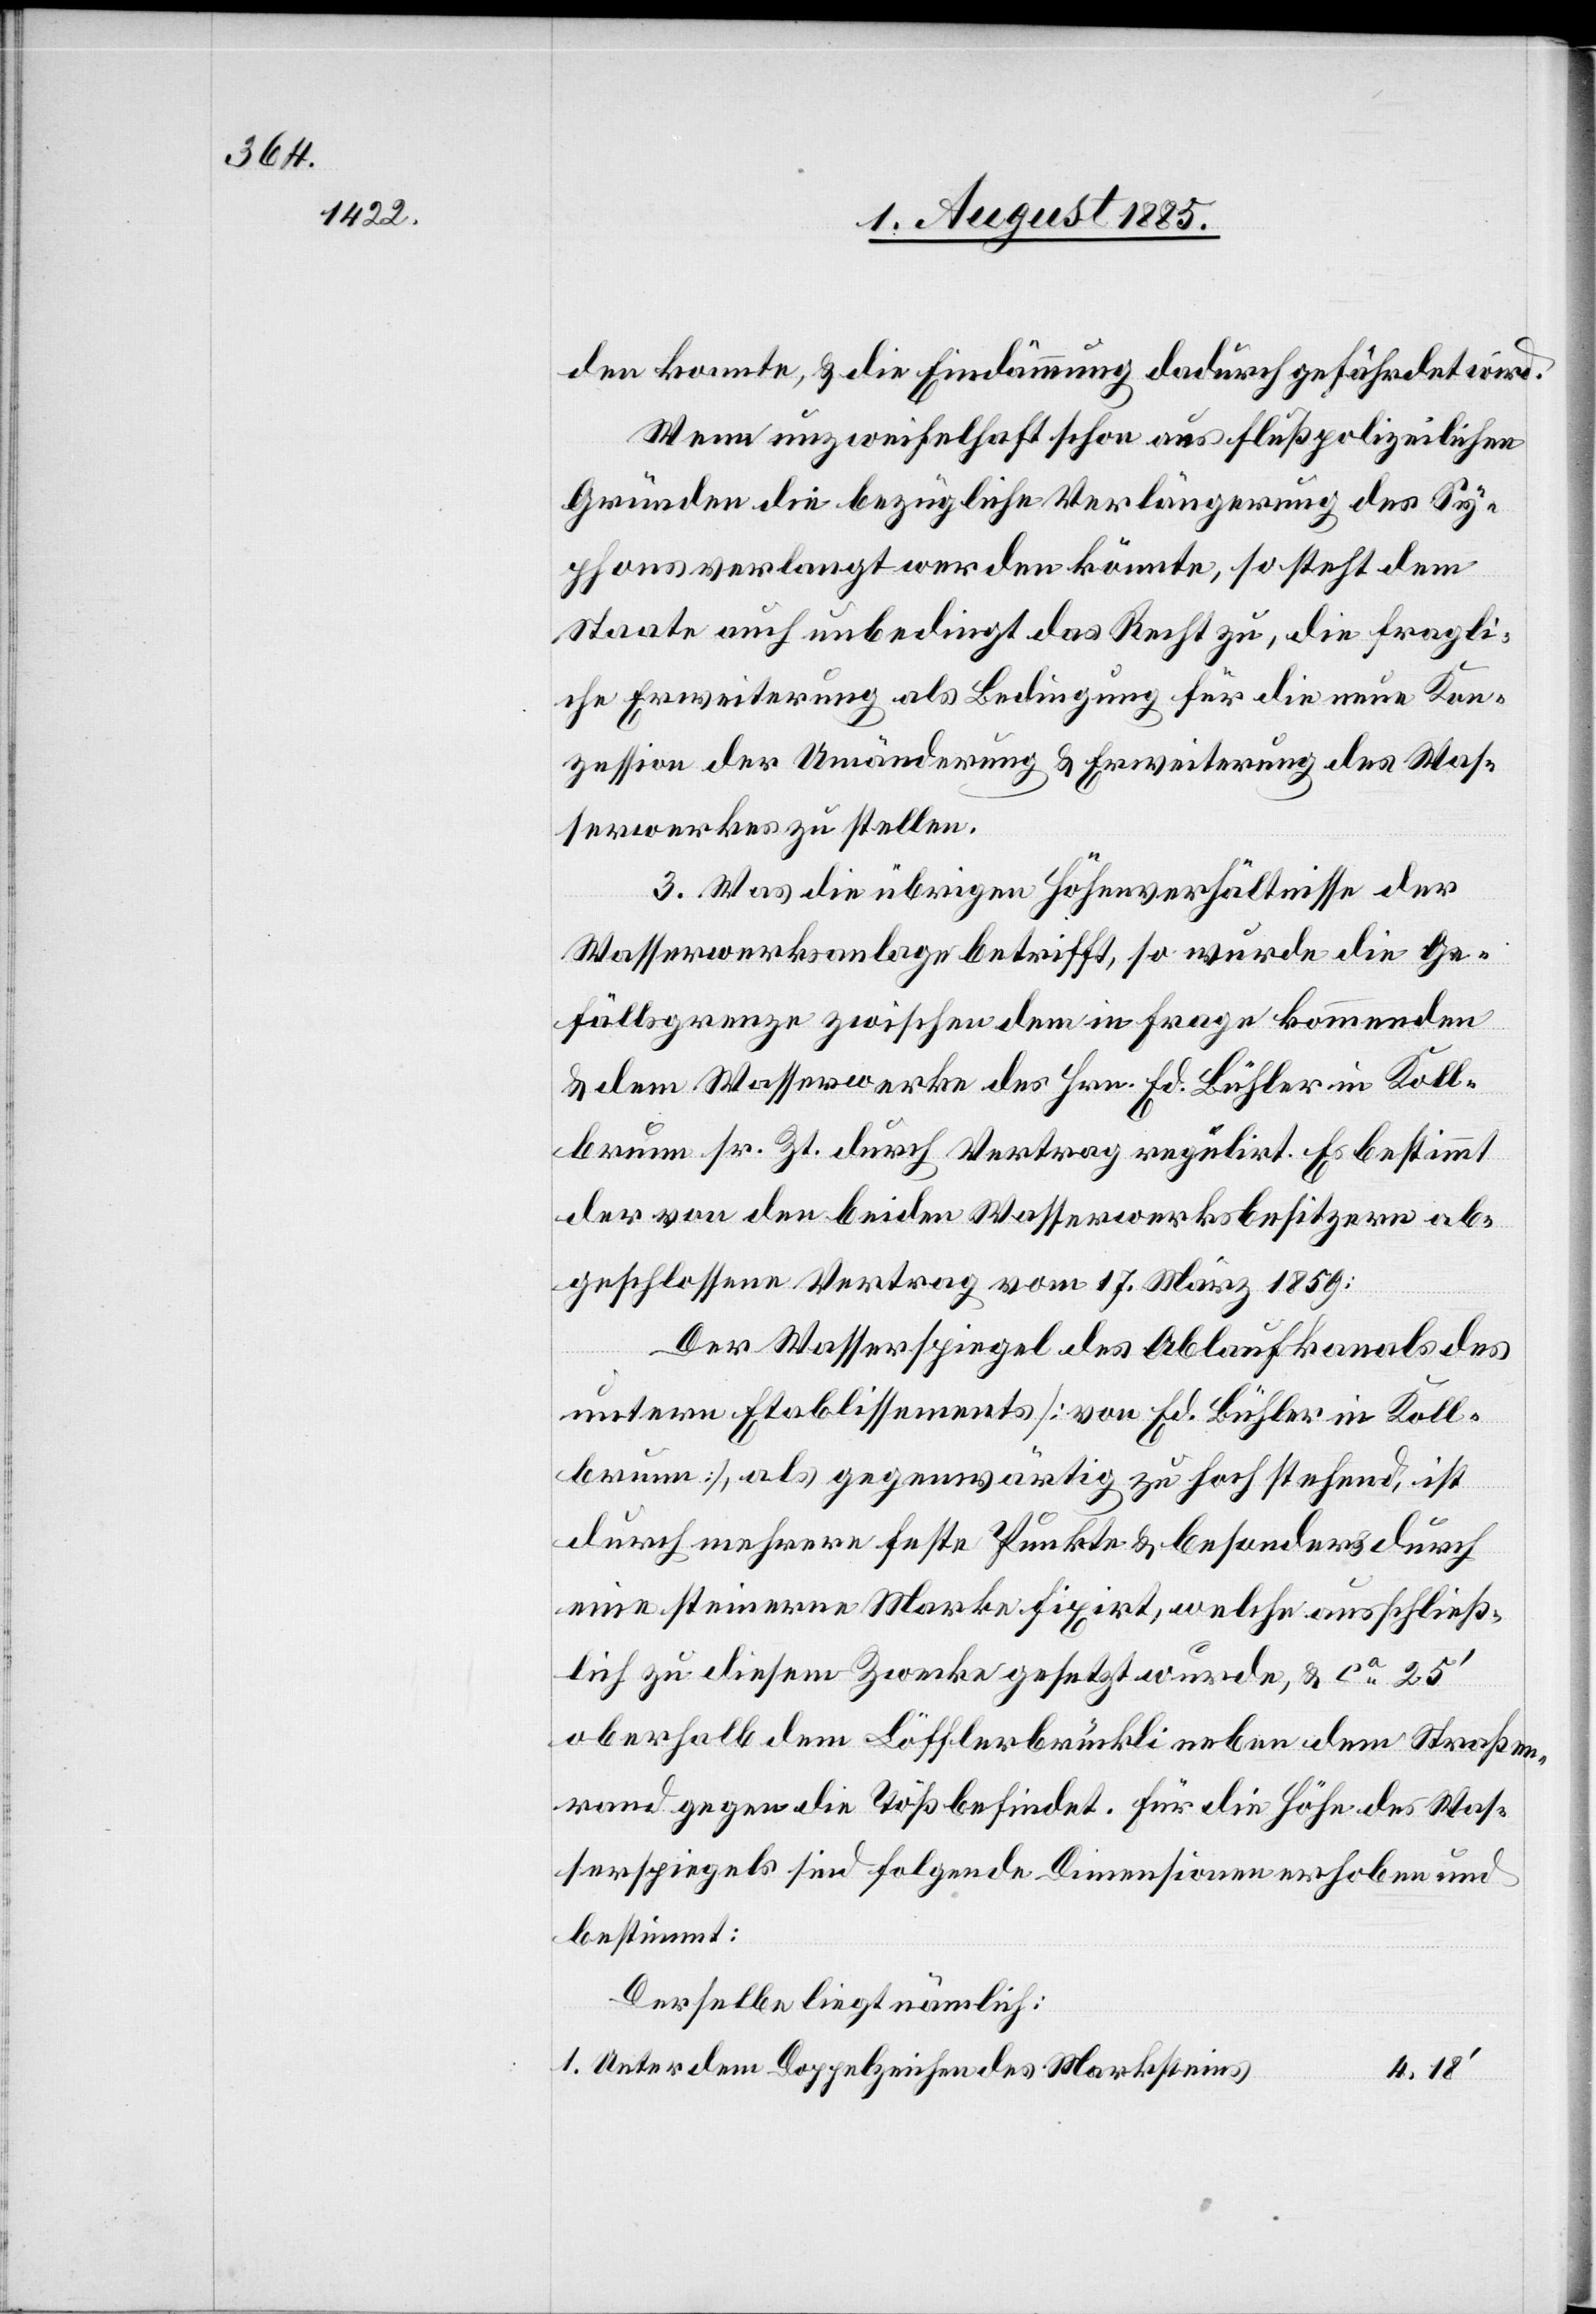
den konnte, & die Eindämmung dadurch gefährdet wird.
Wenn unzweifelhaft schon aus flußpolizeilichen
Gründen die bezügliche Verlängerung des Sy¬
phons verlangt werden könnte, so steht dem
Staate auch unbedingt das Recht zu, die fragli¬
che Erweiterung als Bedingung für die neue Kon¬
zession der Umänderung & Erweiterung des Was¬
serwerkes zu stellen.
3. Was die übrigen Höhenverhältnisse der
Wasserwerksanlage betrifft, so wurde die Ge¬
fällsgrenze zwischen dem in Frage kommenden
& dem Wasserwerke des Hrn. Ed. Bühler in Koll¬
brunn sr. Zt. durch Vertrag regulirt. Es bestimmt
der von den beiden Wasserwerksbesitzern ab¬
geschlossene Vertrag vom 17. März 1859:
Der Wasserspiegel des Ablaufskanals des
untern Etablissements [von Ed. Bühler in Koll¬
brunn], als gegenwärtig zu hochstehend, ist
durch mehrere feste Punkte & besonders durch
eine steinerne Marke fixirt, welch ausschließ¬
lich zu diesem Zwecke gesetzt wurde, & ca 25‘
oberhalb dem Löfflerbrückli neben dem Straßen¬
rand gegen die Töß befindet. Für die Höhe des Was¬
serspiegels sind folgende Dimensionen erhoben und
bestimmt:
Derselbe liegt nämlich:
Unter dem Doppelzeichen des Marksteins
4.18‘